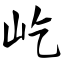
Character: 屹